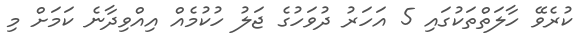
ކުރެވޭ ހާލަތްތަކުގައި 5 އަހަރު ދުވަހުގެ ޖަލު ހުކުމެއް އިއްވިދާނެ ކަމަށް މި